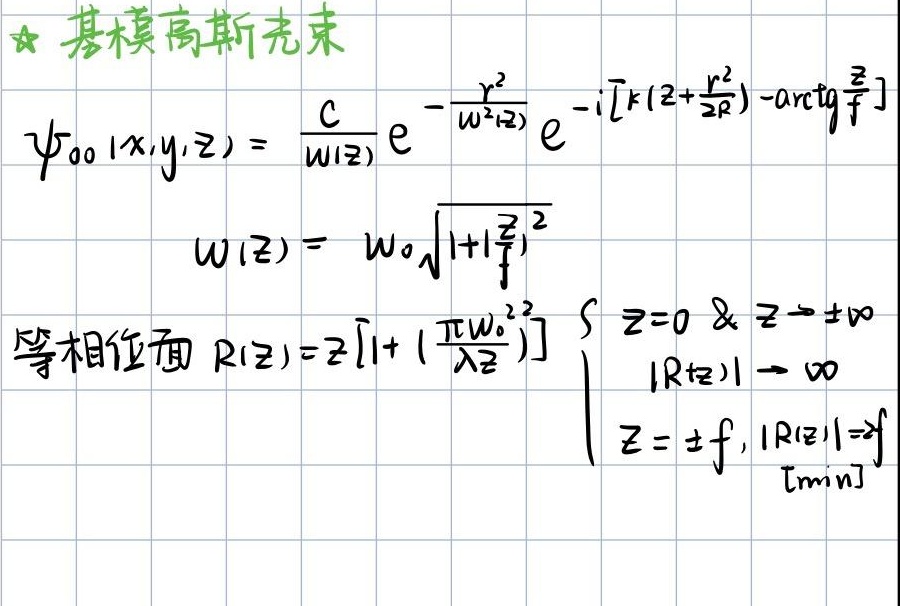
★ 基模高斯光束
\[
\begin{align*}
\psi_{00}(x,y,z)&=\frac{C}{w(z)}e^{-\frac{r^{2}}{w^{2}(z)}}e^{-i\left[k\left(z + \frac{r^{2}}{2R}\right)-\mathrm{arctg}\frac{z}{f}\right]}\\
w(z)&=w_{0}\sqrt{1 + \left(\frac{z}{f}\right)^{2}}\\
\end{align*}
\]
等相位面 \(R(z)=z\left[1 + \left(\frac{\pi w_{0}^{2}}{\lambda z}\right)^{2}\right]\)
\[
\begin{cases}
z = 0\ \&\ z\rightarrow\pm\infty\\
|R(z)|\rightarrow\infty\\
z=\pm f,|R(z)| = f\ [\mathrm{min}]
\end{cases}
\]